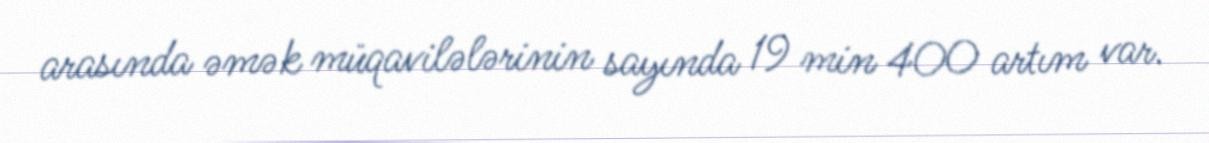
arasında əmək müqavilələrinin sayında 19 min 400 artım var.